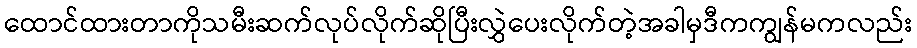
ထောင်ထားတာကိုသမီးဆက်လုပ်လိုက်ဆိုပြီးလွှဲပေးလိုက်တဲ့အခါမှဒီကကျွန်မကလည်း